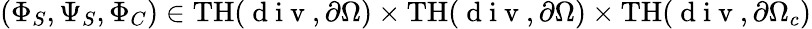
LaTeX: (\Phi_{S},\Psi_{S},\Phi_{C})\in\mathrm{TH}(\mathrm{~d~i~v~},\partial\Omega)\times\mathrm{TH}(\mathrm{~d~i~v~},\partial\Omega)\times\mathrm{TH}(\mathrm{~d~i~v~},\partial\Omega_{c})